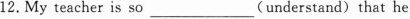
12.My teacher is so ___ (understand) that he